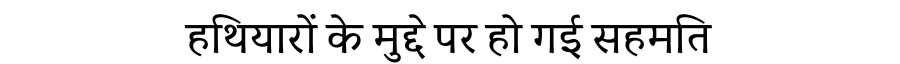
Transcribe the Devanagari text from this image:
हथियारों के मुद्दे पर हो गई सहमति